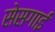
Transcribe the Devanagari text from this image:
सेसगाई